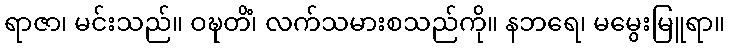
ရာဇာ၊ မင်းသည်။ ဝဍ္ဎတိံ၊ လက်သမားစသည်ကို။ နဘရေ၊ မမွေးမြူရာ။